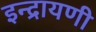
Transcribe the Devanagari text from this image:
इन्द्रायणी